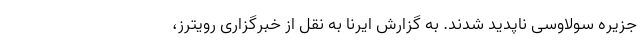
جزیره سولاوسی ناپدید شدند. به گزارش ایرنا به نقل از خبرگزاری رویترز،